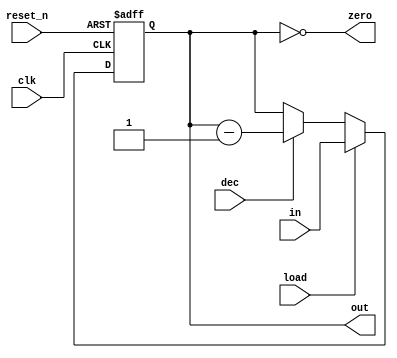
/// ==============================================================================
/// ARSC (A Relatively Simple Computer) License
/// ==============================================================================
/// 
/// ARSC is distributed under the following BSD-style license:
/// 
/// Copyright (c) 2016-2017 Dzanan Bajgoric
/// All rights reserved.
/// 
/// Redistribution and use in source and binary forms, with or without modification,
/// are permitted provided that the following conditions are met:
/// 
/// 1. Redistributions of source code must retain the above copyright notice, this
///    list of conditions and the following disclaimer.
/// 
/// 2. Redistributions in binary form must reproduce the above copyright notice, this
///    list of conditions and the following disclaimer in the documentation and/or other
///    materials provided with the distribution.
/// 
/// 3. The name of the author may not be used to endorse or promote products derived from
///    this product without specific prior written permission from the author.
/// 
/// 4. Products derived from this product may not be called "ARSC" nor may "ARSC" appear
///    in their names without specific prior written permission from the author.
/// 
/// THIS PRODUCT IS PROVIDED ``AS IS'' AND ANY EXPRESS OR IMPLIED WARRANTIES, INCLUDING,
/// BUT NOT LIMITED TO, THE IMPLIED WARRANTIES OF MERCHANTABILITY AND FITNESS FOR A PARTICULAR
/// PURPOSE ARE DISCLAIMED. IN NO EVENT SHALL THE AUTHOR BE LIABLE FOR ANY DIRECT, INDIRECT,
/// INCIDENTAL, SPECIAL, EXEMPLARY, OR CONSEQUENTIAL DAMAGES (INCLUDING, BUT NOT LIMITED TO
/// PROCUREMENT OF SUBSTITUTE GOODS OR SERVICES; LOSS OF USE, DATA, OR PROFITS; OR BUSINESS
/// INTERRUPTION) HOWEVER CAUSED AND ON ANY THEORY OF LIABILITY, WHETHER IN CONTRACT, STRICT
/// LIABILITY, OR TORT (INCLUDING NEGLIGENCE OR OTHERWISE) ARISING IN ANY WAY OUT OF THE USE
/// OF THIS PRODUCT, EVEN IF ADVISED OF THE POSSIBILITY OF SUCH DAMAGE.
///
///
/// BINARY DECREMENTAL COUNTER
///
/// N-bit binary counter that can: keep its current value, load a new value or
/// decrement the current value, with asynchronous reset_n input. Flag zero is
/// set when counter is down to zero value
module dec_bin_counter
#(
    parameter N = 8
)
(
    input wire clk, reset_n,
    input wire load,            /// Load counter with 'in'
    input wire dec,            /// If high decrementing is enabled
    input wire [N-1:0] in,      /// Loaded to the counter if load is high
    output wire zero,           /// High if counter contains zero
    output wire [N-1:0] out     /// Currect value of the counter
);
  
    reg [N-1:0] q_next, q_reg;

    always @(posedge clk, negedge reset_n)
        if (~reset_n)
            q_reg <= 0;
        else
            q_reg <= q_next;
  
    /// Combinational circuit that produces the next state
    always @*
        if (load)
            q_next = in;
        else if (dec)
             q_next = q_reg - 1;
        else
            q_next = q_reg;
  
    /// Set output signals
    assign out = q_reg;
    assign zero = (q_reg == { N{ 1'b0 } });
  
endmodule